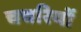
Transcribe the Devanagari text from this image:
चचरियों